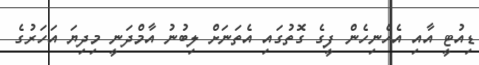
ޑިއުޓީ އާއި އެހެނިހެން ފީގެ ގޮތުގައި އެތަނަށް ލިބުނު އާމްދަނީ މިދިޔަ އަހަރުގެ